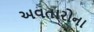
અવતારોના